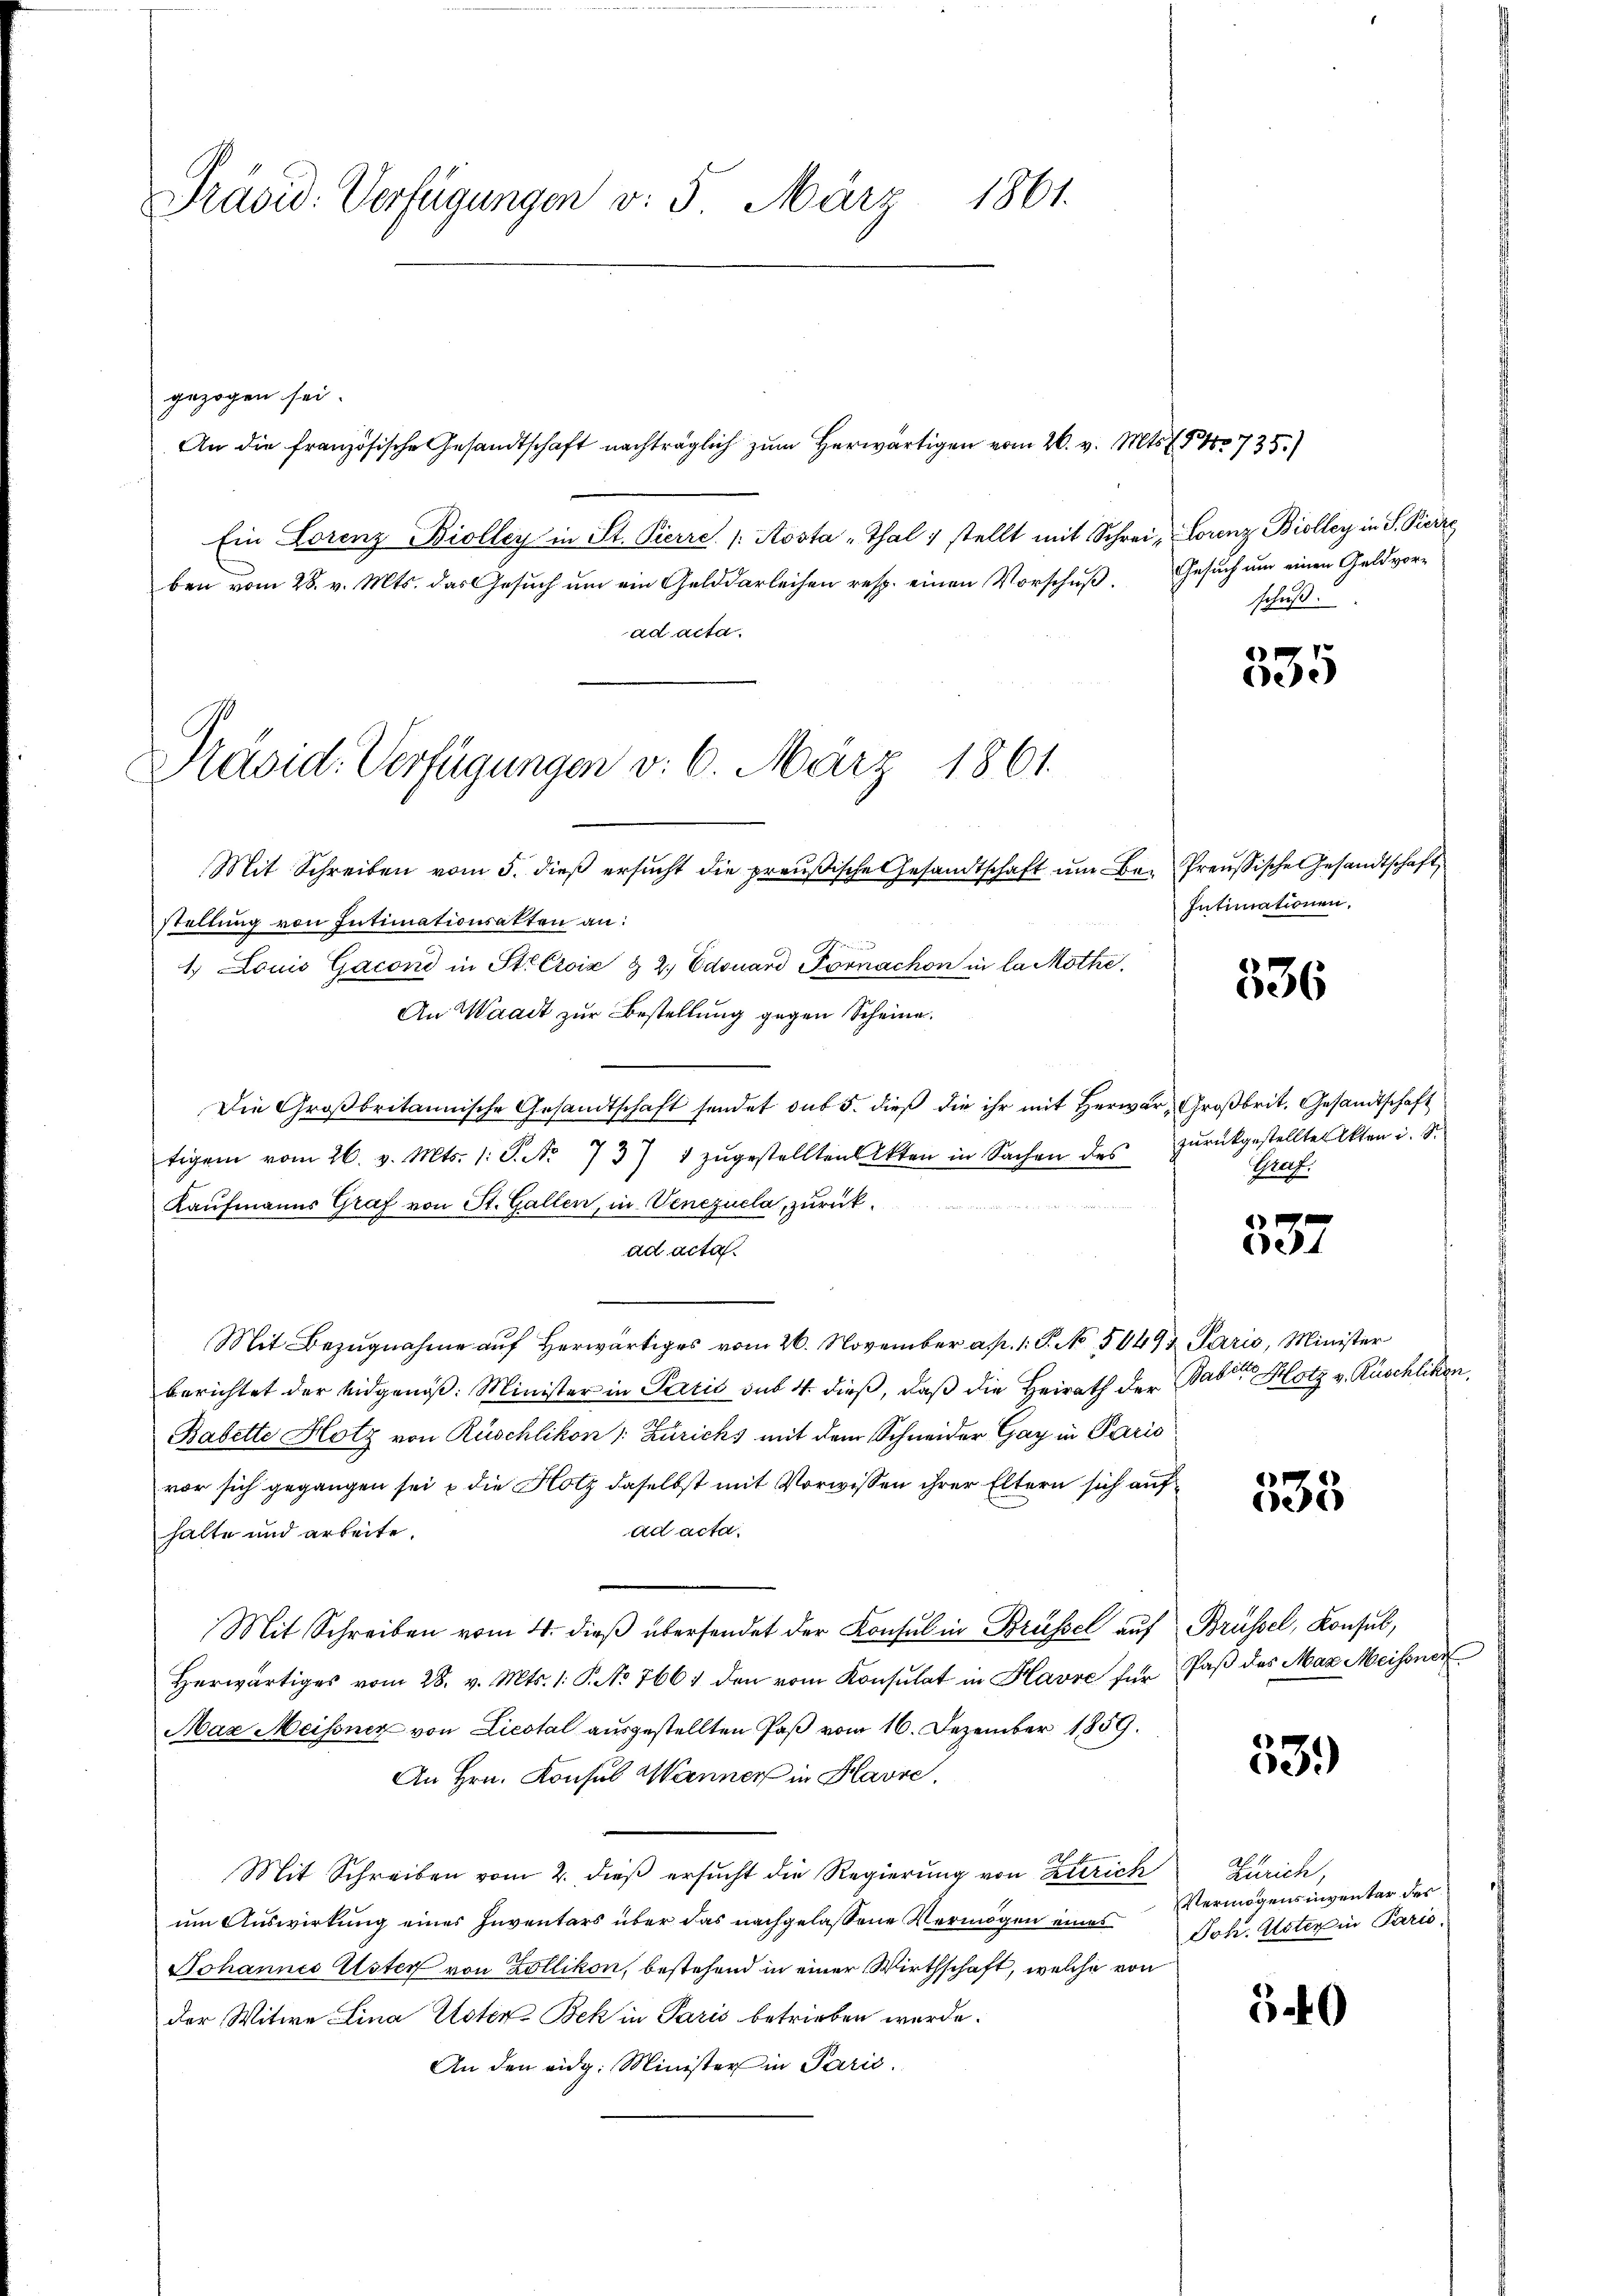
Prävid. Verfügungen v. 5. März 1861.

Präsid. Verfügungen v. 6. März 1861.

gezogen sei.
Ein Lorenz Biolley in St. Pierre / Aosta -Thal 1 stellt mit Schrei- Lorenz Biolley in S. Pierre
ben vom 28. v. Mts. das Gesuch um ein Gelddarleihen resp. einen Vorschuß.
ad acta.
Mit Schreiben vom 5. dieß ersucht die preußische Gesandtschaft um Bestellung von Intimationsakten an:
1. Louis Gacond in Sticroix & 2. Edouard Fornachon in la Möthe.
An Waadt zur Bestellung gegen Scheine.
Die Groβbritannische Gesandtschaft sendet das 5. dieβ die ihr mit herwer, Groβbrit. Gesandtschaft
tigem vom 26. v. Mts. 1: S. Nr. 737 1 zŭgestellten Akten in Sachen des
Kaufmanns Graf von St. Gallen, in Venezuela, zurückad acta.
Mit Bezugnahme auf herwärtiges vom 26. November a. p. 1. P. No. 584
berichtet der Eidgenöß: Minister in Partis sub 4. dieß, daß die Heirath der
Babette Hotz von Rüschlikon (: Zurichs mit dem Schneider Gay in Pari
vor sich gegangen sei u die Holz daselbst mit Vorwissen ihrer Eltern sich an
ad acta.
halte und arbeite.
Mit Schreiben vom 4. dieß übersendet der Konsul in Brüssel aus
Herwärtiges vom 28. v. Mts. 1. P. No 766 den vom Konsulat in Havre für
Maz Meissner von Liestal ausgestellten Paß vom 16. Dezember 1859.
An Hrn. Konsul Manner in Havre,
Mit Schreiben vom 2. dieß ersucht die Regierung von Zürich
um Auswirkung eines Inventars über das nachgelassene Vermögen eines
Johannes Uster von Zollikon, bestehend in einer Wirthschaft, welche von
der Witwe Lina Poten-Bek in Paris betrieben wurde.
An den eidg. Minister in Parić.

An die französische Gesandtschaft nachträglich zum herwärtigen vom 26. v. Mts. f. No 735.)

Gesuch um einen Geldvorschuß.

535

Preußische Gesandtschaft
Intimationen,

536

zurückgestellten Akten i. S.
Graf.

e

2. Paris, Minister
Babetter Hotz v. Rüschlichen.

535

Brüssel, Konsul,
2 Paß das Max Meisener

53.)

Zürich,
Vermögensinventar des
Joh. Uster in Paris.

540